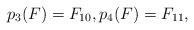
LaTeX: \begin{align*}p_3(F)=F_{10},p_4(F)=F_{11},\end{align*}